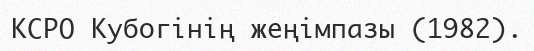
КСРО Кубогінің жеңімпазы (1982).